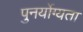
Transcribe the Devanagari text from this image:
पुनर्योग्यता